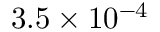
3 . 5 \times 1 0 ^ { - 4 }